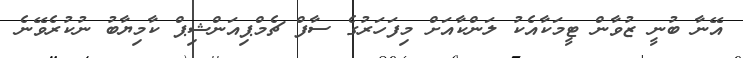
އޭނާ ބުނީ ޒުވާން ޓީމަކާއެކު ލަންކާއަށް މިފަހަރުގެ ސާފް ޗެމްޕިއަންޝިޕް ކާމިޔާބު ނުކުރެވޭނެ